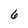
Character: 6